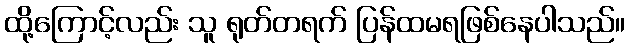
ထို့ကြောင့်လည်း သူ ရုတ်တရက် ပြန်ထမရဖြစ်နေပါသည်။